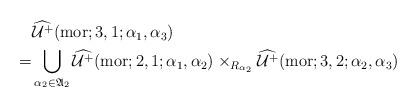
LaTeX: \begin{align*}\aligned&\widehat{\mathcal U^+}({\rm mor};3,1;\alpha_1,\alpha_3)\\=&\bigcup_{\alpha_2 \in \frak A_2}\widehat{\mathcal U^+}({\rm mor};2,1;\alpha_1,\alpha_2)\times_{R_{\alpha_2}}\widehat{\mathcal U^+}({\rm mor};3,2;\alpha_2,\alpha_3)\endaligned\end{align*}